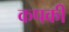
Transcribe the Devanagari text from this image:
कपकी